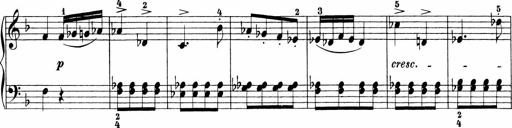
Title: Sonatinen Op.47, 98 und 136, nebst 6 Liedersonatinen
Composer: Carl Reinecke